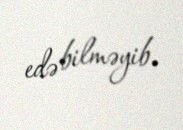
edə bilməyib.